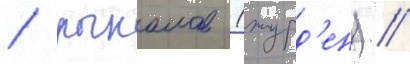
/ рыкалов (журд'ен) //